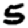
Digit: 5